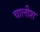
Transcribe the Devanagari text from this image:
चालीश